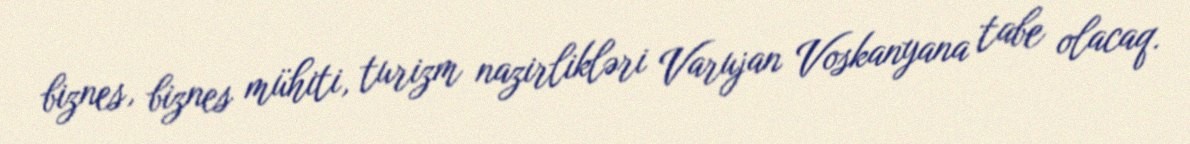
biznes, biznes mühiti, turizm nazirlikləri Varujan Voskanyana tabe olacaq.